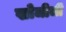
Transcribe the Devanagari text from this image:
खोजीजी